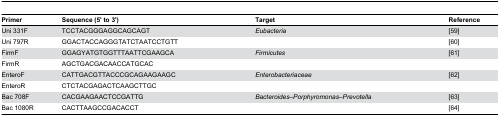
<table><thead><tr><td><b>Primer</b></td><td><b>Sequence (5&#x27; to 3&#x27;)</b></td><td><b>Target</b></td><td><b>Reference</b></td></tr></thead><tbody><tr><td>Uni 331F</td><td>TCCTACGGGAGGCAGCAGT</td><td><i>Eubacteria</i></td><td> [59]</td></tr><tr><td>Uni 797R</td><td>GGACTACCAGGGTATCTAATCCTGTT</td><td></td><td> [60]</td></tr><tr><td>FirmF</td><td>GGAGYATGTGGTTTAATTCGAAGCA</td><td><i>Firmicutes</i></td><td> [61]</td></tr><tr><td>FirmR</td><td>AGCTGACGACAACCATGCAC</td><td></td><td></td></tr><tr><td>EnteroF</td><td>CATTGACGTTACCCGCAGAAGAAGC</td><td><i>Enterobacteriaceae</i></td><td> [62]</td></tr><tr><td>EnteroR</td><td>CTCTACGAGACTCAAGCTTGC</td><td></td><td></td></tr><tr><td>Bac 708F</td><td>CACGAAGAACTCCGATTG</td><td><i>Bacteroides</i><i>–Porphyromonas–Prevotella</i></td><td> [63]</td></tr><tr><td>Bac 1080R</td><td>CACTTAAGCCGACACCT</td><td></td><td> [64]</td></tr></tbody></table>